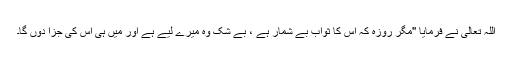
اللہ تعالیٰ نے فرمایا ''مگر روزہ کہ اس کا ثواب بے شمار ہے ، بے شک وہ میرے لیے ہے اور میں ہی اس کی جزا دوں گا۔